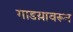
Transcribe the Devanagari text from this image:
गाडय़ावरून